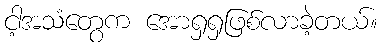
ငါ့အသံတွေက အောရှရှဖြစ်လာခဲ့တယ်။